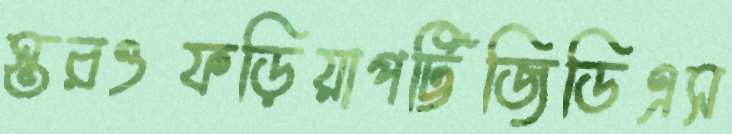
স্তরওফড়িয়াপট্টিজিডিএস